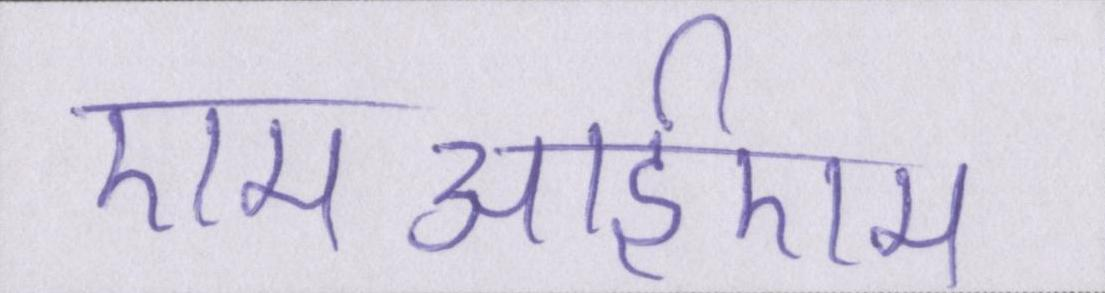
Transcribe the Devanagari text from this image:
एमआईएम